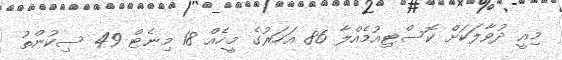
މިއީ ދުވާލަކަށް ކޮސްޓިއުމެއްލާ 86 އަހަރުގެ މީހެއް 18 މިނެޓް 49 ސިކުންތު